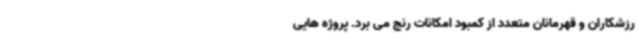
رزشکاران و قهرمانان متعدد از کمبود امکانات رنج می برد. پروژه هایی